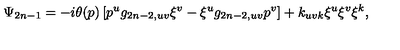
\Psi _ { 2 n - 1 } = - i \theta ( p ) \left[ p ^ { u } g _ { 2 n - 2 , u v } \xi ^ { v } - \xi ^ { u } g _ { 2 n - 2 , u v } p ^ { v } \right] + k _ { u v k } \xi ^ { u } \xi ^ { v } \xi ^ { k } ,